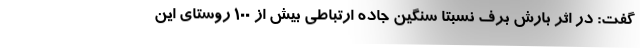
گفت: در اثر بارش برف نسبتا سنگین جاده ارتباطی بیش از ۱۰۰ روستای این